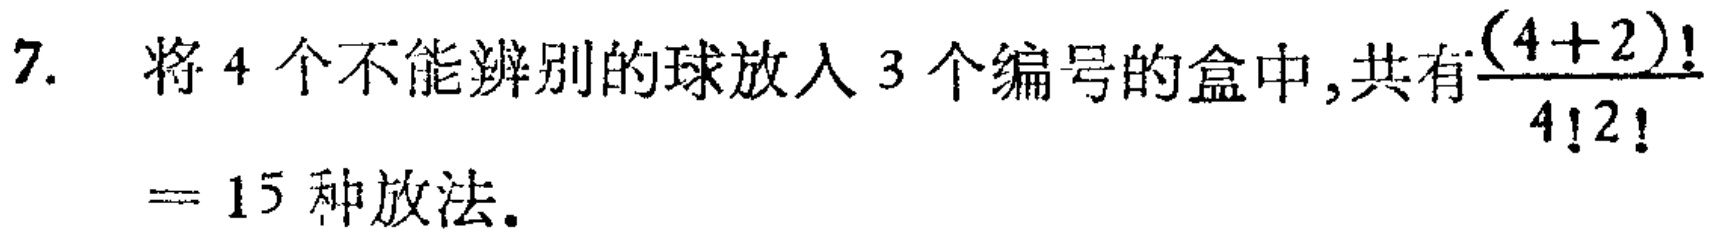
7. 将 4 个不能辨别的球放入 3 个编号的盒中,共有$\frac{(4 + 2)!}{4!2!}$

$= 15$种放法。